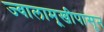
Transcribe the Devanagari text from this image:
ज्वालामूखीपासून